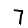
Digit: 7